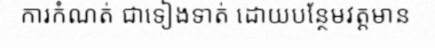
ការកំណត់ ជាទៀងទាត់ ដោយបន្ថែមវត្តមាន